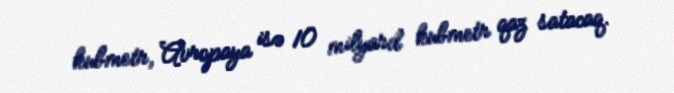
kubmetr, Avropaya isə 10 milyard kubmetr qaz satacaq.